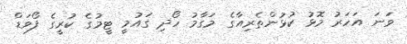
ވަނަ އަހަރު މޮޅު ކުޅުންތެރިއާގެ މަގާމު ހޯދި ގައުމީ ޓީމުގެ ކުރީގެ ފޯވަޑް